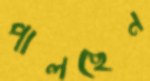
পালছেন